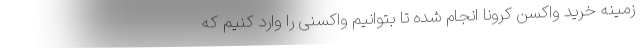
زمینه خرید واکسن کرونا انجام شده تا بتوانیم واکسنی را وارد کنیم که